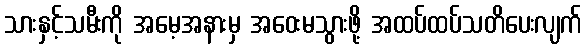
သားနှင့်သမီးကို အမေ့အနားမှ အဝေးမသွားဖို့ အထပ်ထပ်သတိပေးလျက်